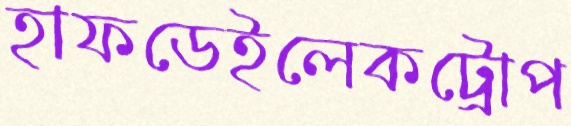
হাফডেইলেকট্রোপ